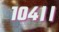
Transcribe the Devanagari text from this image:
१०४।।